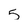
Character: 5